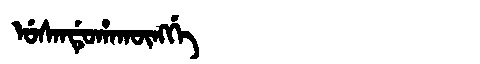
Manchu: ᡠᠰᠠᠨᡩᡠᡥᠠᡴᡡᠩᡤᡝ
Romanization: USANDUHAKŪNGGE